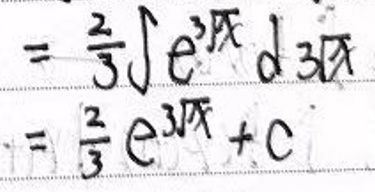
\[
= \frac{2}{3} \int e^{3x} d3x = \frac{2}{3} e^{3x} + C
\]